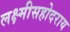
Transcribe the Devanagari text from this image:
लक्ष्मीसहोदराय